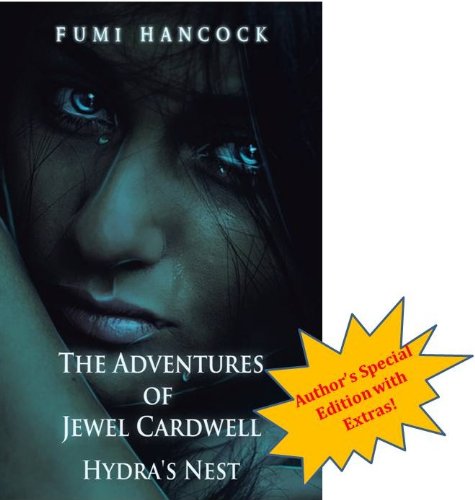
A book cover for The Adventures of Jewel Cardwell: Hydra's Nest~Author's Very Limited Ed.: A Spellbinding Tale of Magic & Friendship, Young Adult Paranormal Thriller (Grimmlyn Series Book 1); Fumi Hancock; Teen & Young Adult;